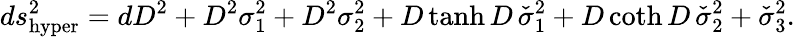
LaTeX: ds_{\mathrm{hyper}}^{2}=dD^{2}+D^{2}\sigma_{1}^{2}+D^{2}\sigma_{2}^{2}+D\operatorname{tanh}D\, \check{\sigma}_{1}^{2}+D\coth D\, \check{\sigma}_{2}^{2}+\check{\sigma}_{3}^{2}.